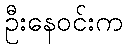
ဦးနေဝင်းက